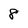
Character: 8